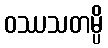
ဝဿသတမ္ပိ